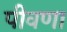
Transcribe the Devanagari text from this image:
पीवणा